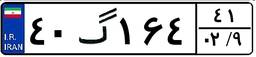
۴۰گ۱۶۴۴۱